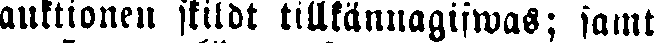
auktionen skildt tillkännagifwas; samt